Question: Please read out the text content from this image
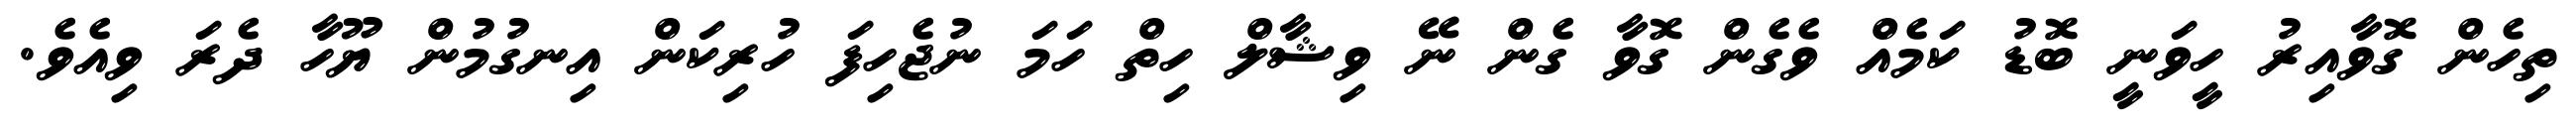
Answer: ތިހެން ގޮވާއިރު ހީވަނީ ބޮޑު ކަމެއް ވެގެން ގޮވާ ގެން ނޭ ވިޝާލް ހިތް ހަމަ ނުޖެހިފަ ހުރިކަން އިނގުމުން ޔޫހާ ދެރަ ވިއެވެ.